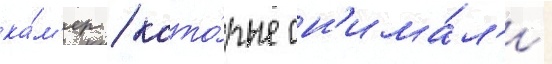
ка́м'ер / кото́рые сн'има́л'и